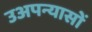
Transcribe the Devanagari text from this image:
उअपन्यासों